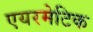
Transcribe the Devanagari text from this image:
एयरमेटिक